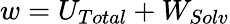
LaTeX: w=U_{Total}+W_{Solv}